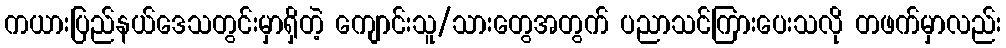
ကယားပြည်နယ်ဒေသတွင်းမှာရှိတဲ့ ကျောင်းသူ/သားတွေအတွက် ပညာသင်ကြားပေးသလို တဖက်မှာလည်း